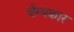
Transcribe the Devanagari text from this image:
चैम्पकार